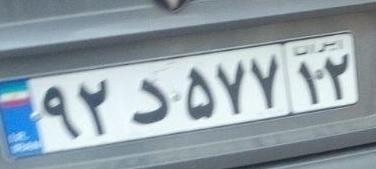
۹۲د۵۷۷۱۲